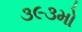
૩૯૩મો